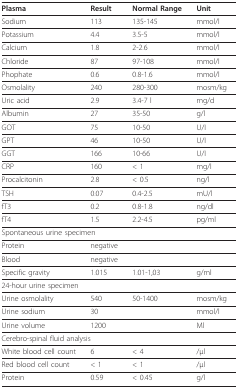
<table><thead><tr><td><b>Plasma</b></td><td><b>Result</b></td><td><b>Normal Range</b></td><td><b>Unit</b></td></tr></thead><tbody><tr><td>Sodium</td><td>113</td><td>135-145</td><td>mmol/l</td></tr><tr><td>Potassium</td><td>4.4</td><td>3.5-5</td><td>mmol/l</td></tr><tr><td>Calcium</td><td>1.8</td><td>2-2.6</td><td>mmol/l</td></tr><tr><td>Chloride</td><td>87</td><td>97-108</td><td>mmol/l</td></tr><tr><td>Phophate</td><td>0.6</td><td>0.8-1.6</td><td>mmol/l</td></tr><tr><td>Osmolality</td><td>240</td><td>280-300</td><td>mosm/kg</td></tr><tr><td>Uric acid</td><td>2.9</td><td>3.4-7 l</td><td>mg/d</td></tr><tr><td>Albumin</td><td>27</td><td>35-50</td><td>g/l</td></tr><tr><td>GOT</td><td>75</td><td>10-50</td><td>U/I</td></tr><tr><td>GPT</td><td>46</td><td>10-50</td><td>U/I</td></tr><tr><td>GGT</td><td>166</td><td>10-66</td><td>U/I</td></tr><tr><td>CRP</td><td>160</td><td>&lt; 1</td><td>mg/l</td></tr><tr><td>Procalcitonin</td><td>2.8</td><td>&lt; 0.5</td><td>ng/l</td></tr><tr><td>TSH</td><td>0.07</td><td>0.4-2.5</td><td>mU/l</td></tr><tr><td>fT3</td><td>0.2</td><td>0.8-1.8</td><td>ng/dl</td></tr><tr><td>fT4</td><td>1.5</td><td>2.2-4.5</td><td>pg/ml</td></tr><tr><td colspan="4">Spontaneous urine specimen</td></tr><tr><td>Protein</td><td>negative</td><td></td><td></td></tr><tr><td>Blood</td><td>negative</td><td></td><td></td></tr><tr><td>Specific gravity</td><td>1.015</td><td>1.01-1,03</td><td>g/ml</td></tr><tr><td colspan="4">24-hour urine specimen</td></tr><tr><td>Urine osmolality</td><td>540</td><td>50-1400</td><td>mosm/kg</td></tr><tr><td>Urine sodium</td><td>30</td><td></td><td>mmol/l</td></tr><tr><td>Urine volume</td><td>1200</td><td></td><td>Ml</td></tr><tr><td colspan="4">Cerebro-spinal fluid analysis</td></tr><tr><td>White blood cell count</td><td>6</td><td>&lt; 4</td><td>/μl</td></tr><tr><td>Red blood cell count</td><td>&lt; 1</td><td>&lt; 1</td><td>/μl</td></tr><tr><td>Protein</td><td>0.59</td><td>&lt; 0.45</td><td>g/l</td></tr></tbody></table>